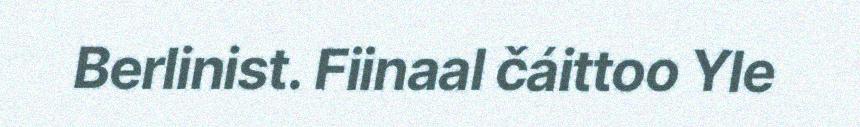
Berlinist. Fiinaal čáittoo Yle